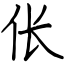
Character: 伥